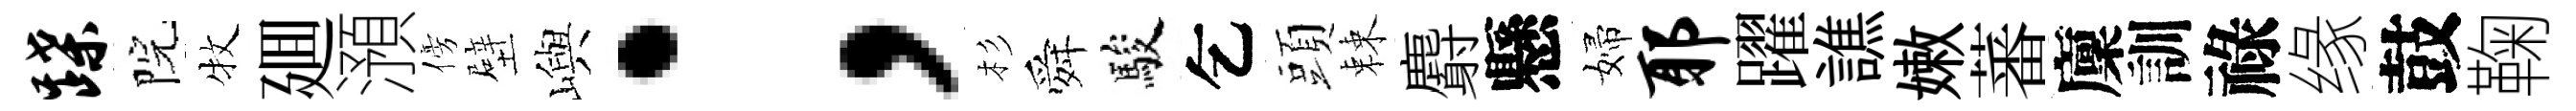
蹀院牧廽澦傍壁嶼；杉舜駿乞頭棘麝懸婦耶躍譙嫩蕃廩訓祿缘鼓鞠